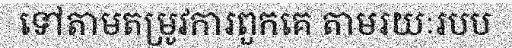
ទៅតាមតម្រូវការពួកគេ តាមរយៈរបប